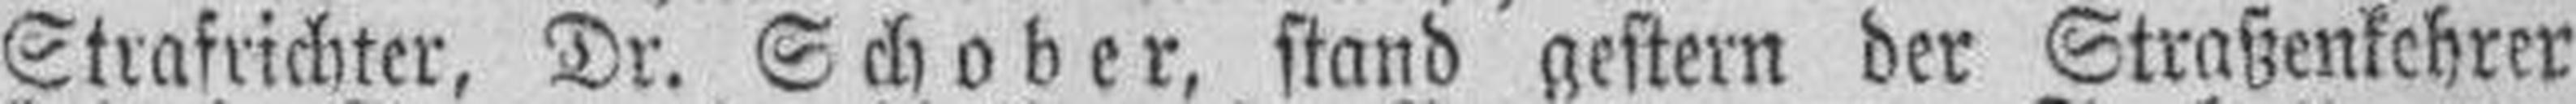
Strafrichter, Dr. Schober, stand gestern der Straßenkehrer